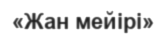
«Жан мейірі»